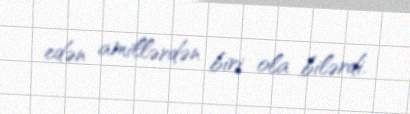
edən amillərdən biri ola bilərdi.